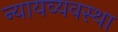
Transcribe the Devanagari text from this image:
न्‍यायव्‍यवस्‍था